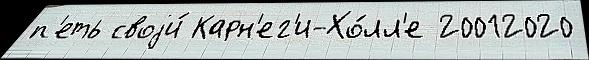
п'еть своjи́ Карн'ег'и-Хо́лл'е 20012020